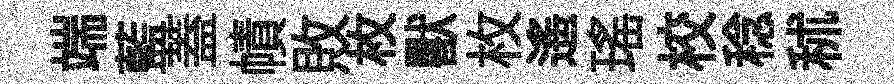
端藍蓋幘敗枚獸枚遙瑶校稔秫